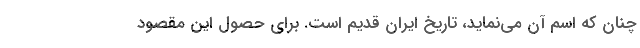
چنان که اسم آن مى‌نماید، تاریخ ایران قدیم است. براى حصول این مقصود